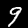
Digit: 9